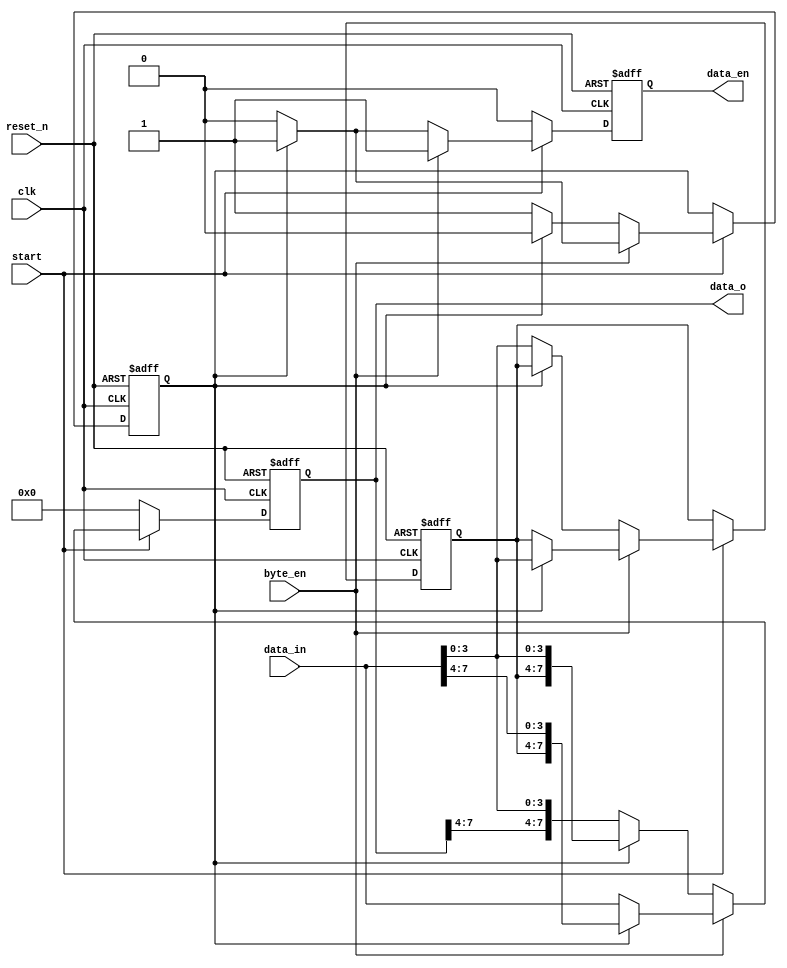
module data_trans (
	input wire			clk		,    // Clock
	input wire			reset_n	,  // Asynchronous reset active low
	input wire			start 	,
	input wire	[7:0]	data_in ,
	input wire			byte_en ,

	output reg	[7:0]	data_o 	,
	output reg			data_en
);
	
	reg state 		;		// state = 0 means GET 0 BITS, state = 1 means GET 4 BITS
	reg [3:0] tmp   ;		// tmp is data_in[3:0] in the next GET 4 BITS state

	always @(posedge clk or negedge reset_n) begin
		if(~reset_n) begin
			data_o  <= 8'h00 ;
			data_en <= 1'b0  ;
			state   <= 1'b0  ;
			tmp 	<= 4'h0  ;
		end else begin
			if (start) begin
				if (byte_en == 1'b1) begin
					if (state == 1'b0) begin
						data_o  <= data_in ;
						data_en <= 1'b1    ;
						state   <= 1'b0    ;
					end else begin
						data_o  <= {tmp, data_in[7:4]} 	;
						data_en <= 1'b1 				;
						state   <= 1'b1					;
						tmp     <= data_in[3:0] 		;
					end				
				end else begin   // 4bits enable
					if (state == 1'b0) begin
						data_o  <= {data_o[7:4], data_in[3:0]} 	;
						tmp     <= data_in[3:0] 				;
						data_en <= 1'b0 						;
						state   <= 1'b1   						;
					end else begin
						data_o <= {tmp, data_in[3:0]} 	;
						data_en <= 1'b1 				;
						state <= 1'b0					;
					end
				end
			end else begin
				data_o <= 8'h00  ;
				data_en <= 1'b0  ;
			end
		end
	end

endmodule